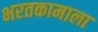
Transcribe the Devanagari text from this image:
भरतकामाला